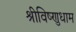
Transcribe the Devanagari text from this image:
श्रीविष्णुधाम